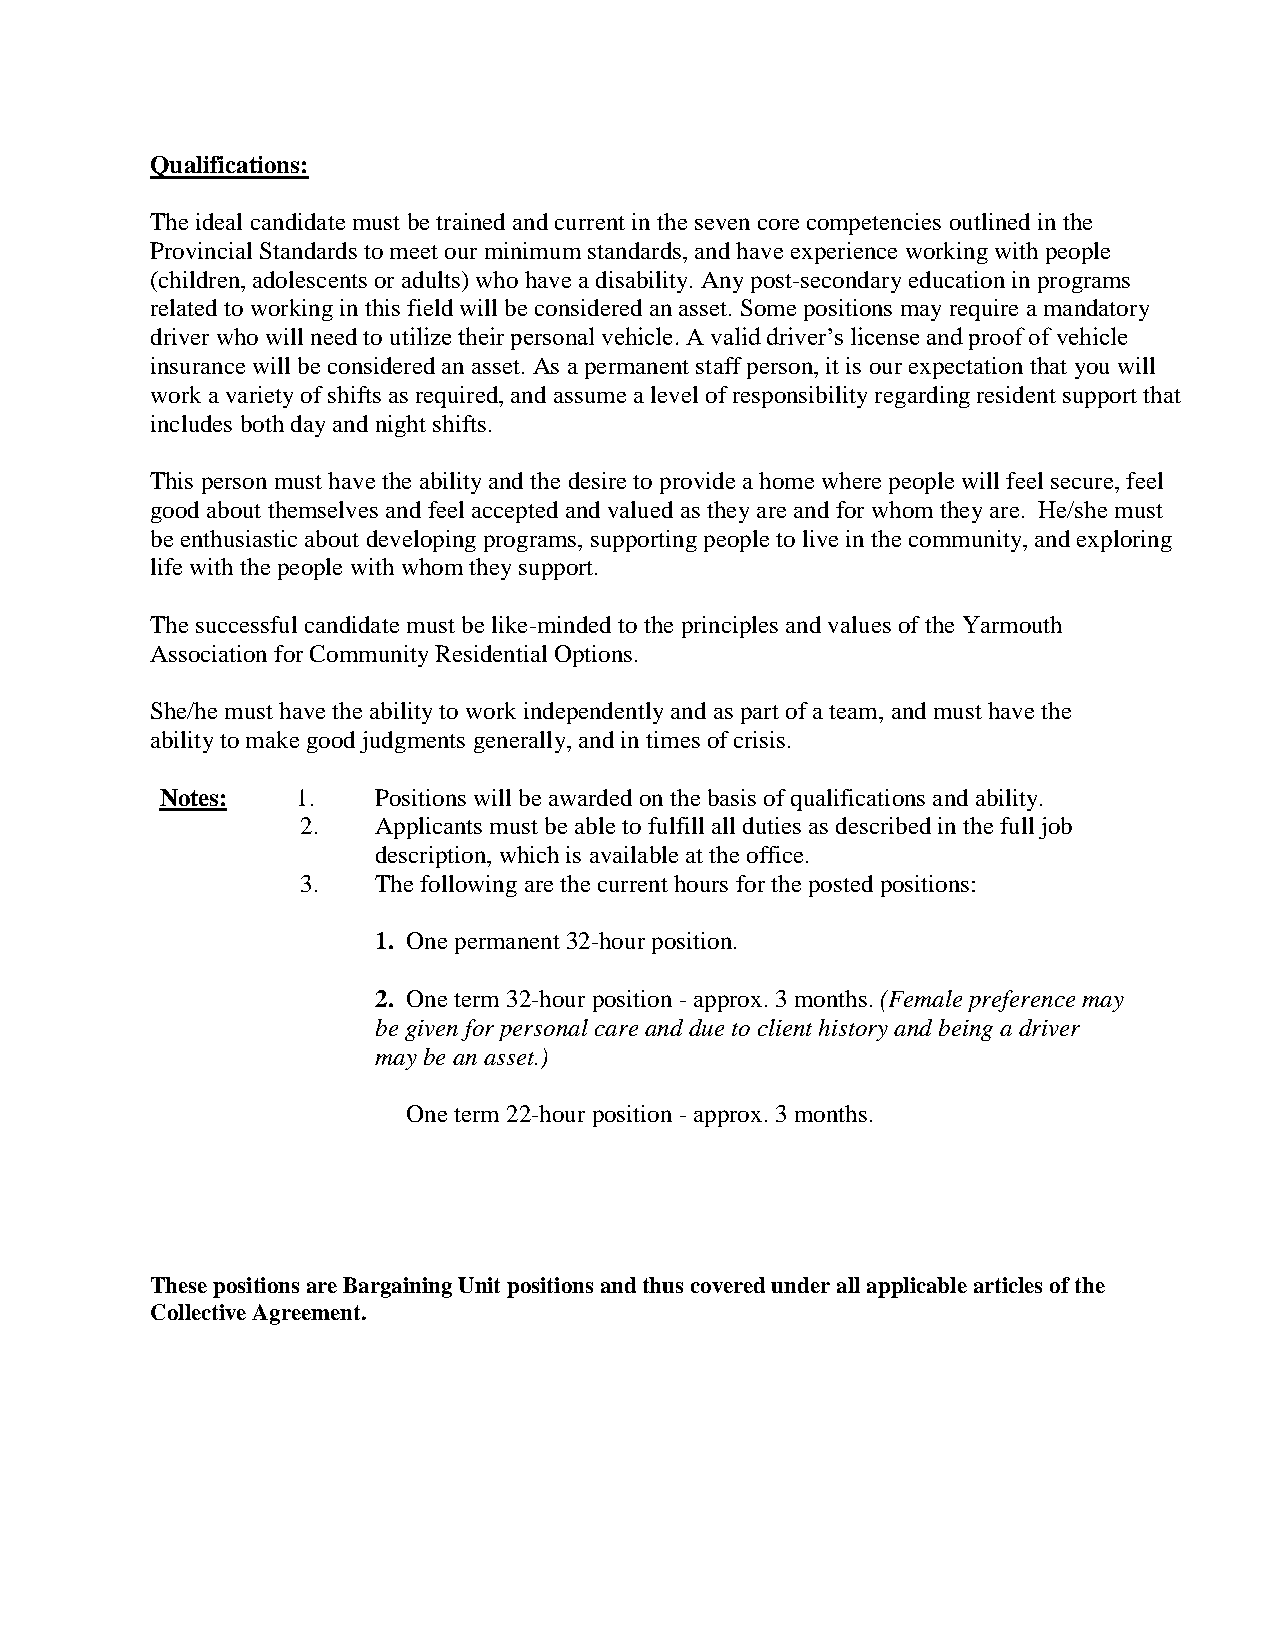
Qualifications:
 The ideal candidate must be trained and current in the seven core competencies outlined in the
 Provincial Standards to meet our minimum standards, and have experience working with people
 (children, adolescents or adults) who have a disability. Any post-secondary education in programs
 related to working in this field will be considered an asset. Some positions may require a mandatory
 driver who will need to utilize their personal vehicle. A valid driver’s license and proof of vehicle
 insurance will be considered an asset. As a permanent staff person, it is our expectation that you will
 work a variety of shifts as required, and assume a level of responsibility regarding resident support that
 includes both day and night shifts.
 This person must have the ability and the desire to provide a home where people will feel secure, feel
 good about themselves and feel accepted and valued as they are and for whom they are. He/she must
 be enthusiastic about developing programs, supporting people to live in the community, and exploring
 life with the people with whom they support.
 The successful candidate must be like-minded to the principles and values of the Yarmouth
 Association for Community Residential Options.
 She/he must have the ability to work independently and as part of a team, and must have the
 ability to make good judgments generally, and in times of crisis.
 Notes:   1.   Positions will be awarded on the basis of qualifications and ability.
 2.   Applicants must be able to fulfill all duties as described in the full job
 description, which is available at the office.
 3.   The following are the current hours for the posted positions:
 1. One permanent 32-hour position.
 2. One term 32-hour position - approx. 3 months. (Female preference may
 be given for personal care and due to client history and being a driver
 may be an asset.)
 One term 22-hour position - approx. 3 months.
 These positions are Bargaining Unit positions and thus covered under all applicable articles of the
 Collective Agreement.